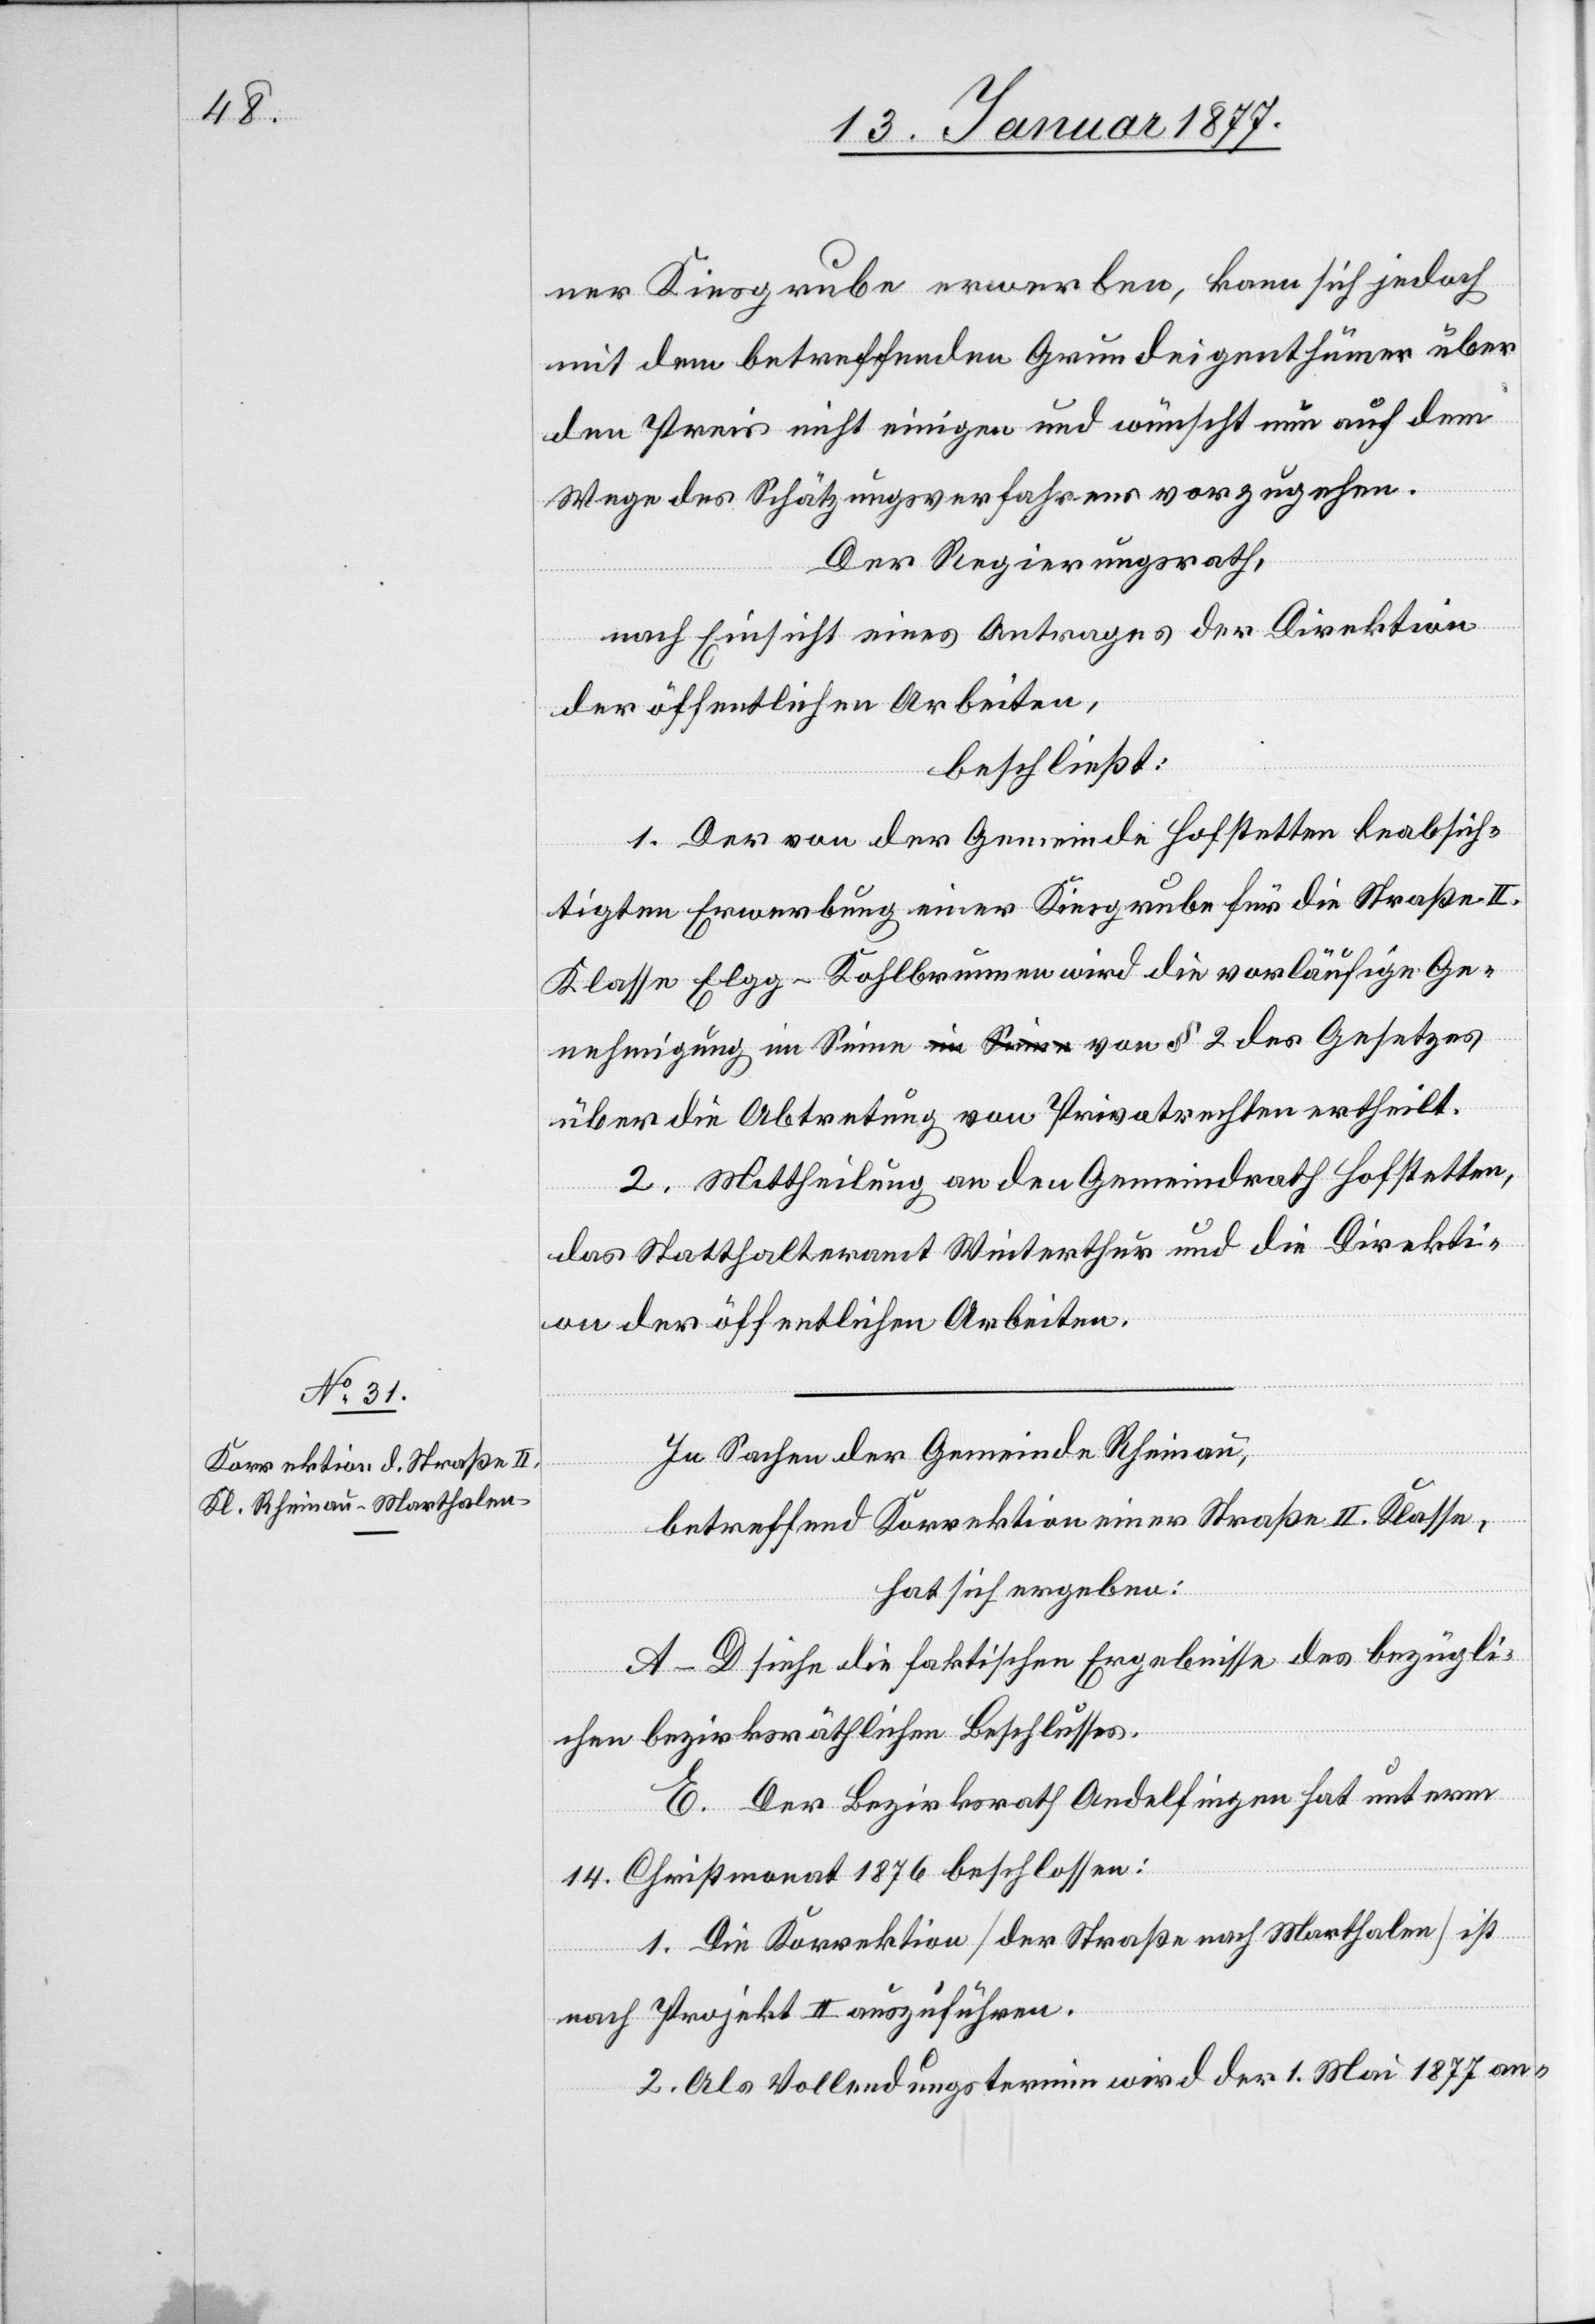
ner Kiesgrube erwerben, kann sich jedoch
mit dem betreffenden Grundeigenthümer über
den Preis nicht einigen und wünscht nun auf dem
Wege des Schätzungsverfahrens vorzugehen.
Der Regierungsrath,
nach Einsicht eines Antrages der Direktion
der öffentlichen Arbeiten,
beschließt:
1. Der von der Gemeinde Hofstetten beabsich¬
tigten Erwerbung einer Kiesgrube für die Straße II.
Klasse Elgg–Kohlbrunnen wird die vorläufige Ge¬
nehmigung im Sinne von § 2 des Gesetzes
über die Abtretung von Privateigenthum ertheilt.
2. Mittheilung an den Gemeindrath Hofstetten,
das Statthalteramt Winterthur und die Direkti¬
on der öffentlichen Arbeiten.
In Sachen der Gemeinde Rheinau,
betreffend Korrektion einer Straße II. Klasse,
hat sich ergeben:
A–D siehe die faktischen Ergebnisse des bezügli¬
chen bezirksräthlichen Beschlusses.
E. Der Bezirksrath Andelfingen hat unterm
14. Christmonat 1876 beschlossen:
1. Die Korrektion [der Straße nach Marthalen] ist
nach Projekt II auszuführen.
2. Als Vollendungstermin wird der 1. Mai 1877 an-